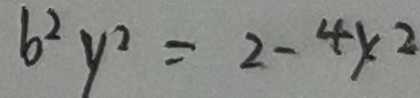
b ^ { 2 } y ^ { 2 } = 2 - 4 y ^ { 2 }